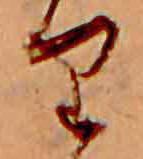
り